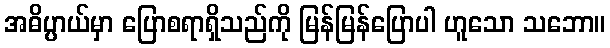
အဓိပ္ပာယ်မှာ ပြောစရာရှိသည်ကို မြန်မြန်ပြောပါ ဟူသော သဘော။